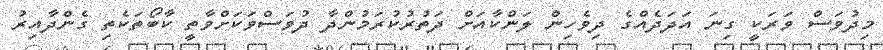
މިދުވަސް ވަރަކީ ގިނަ އަދަދެއްގެ ދިވެހިން ލަންކާއަށް ދަތުރުކުރަމުންދާ ދުވަސްވަަކަށްވާތީ ކާބޯތަކެތި ގެންދާއިރު